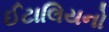
ઈટાલિયનો